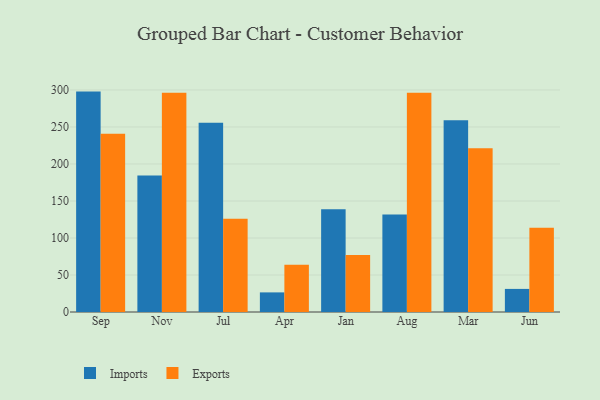
{"axis": {"x": "Month", "y": "Revenue (USD Million)"}, "legend": ["Exports", "Imports"], "data": [{"x": "Sep", "y": 297.8, "type": "Imports"}, {"x": "Sep", "y": 241.0, "type": "Exports"}, {"x": "Nov", "y": 184.5, "type": "Imports"}, {"x": "Nov", "y": 296.2, "type": "Exports"}, {"x": "Jul", "y": 255.7, "type": "Imports"}, {"x": "Jul", "y": 126.1, "type": "Exports"}, {"x": "Apr", "y": 26.5, "type": "Imports"}, {"x": "Apr", "y": 63.8, "type": "Exports"}, {"x": "Jan", "y": 138.8, "type": "Imports"}, {"x": "Jan", "y": 77.0, "type": "Exports"}, {"x": "Aug", "y": 131.7, "type": "Imports"}, {"x": "Aug", "y": 296.1, "type": "Exports"}, {"x": "Mar", "y": 259.2, "type": "Imports"}, {"x": "Mar", "y": 221.3, "type": "Exports"}, {"x": "Jun", "y": 31.2, "type": "Imports"}, {"x": "Jun", "y": 113.9, "type": "Exports"}]}